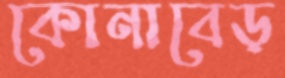
কোনাবেড়